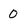
Character: 0